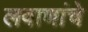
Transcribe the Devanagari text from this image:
लवाणांचे